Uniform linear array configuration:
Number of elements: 32
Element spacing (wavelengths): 1
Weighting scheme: hamming
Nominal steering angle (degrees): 15
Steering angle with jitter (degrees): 16.266
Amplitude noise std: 0.05
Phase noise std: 0.05

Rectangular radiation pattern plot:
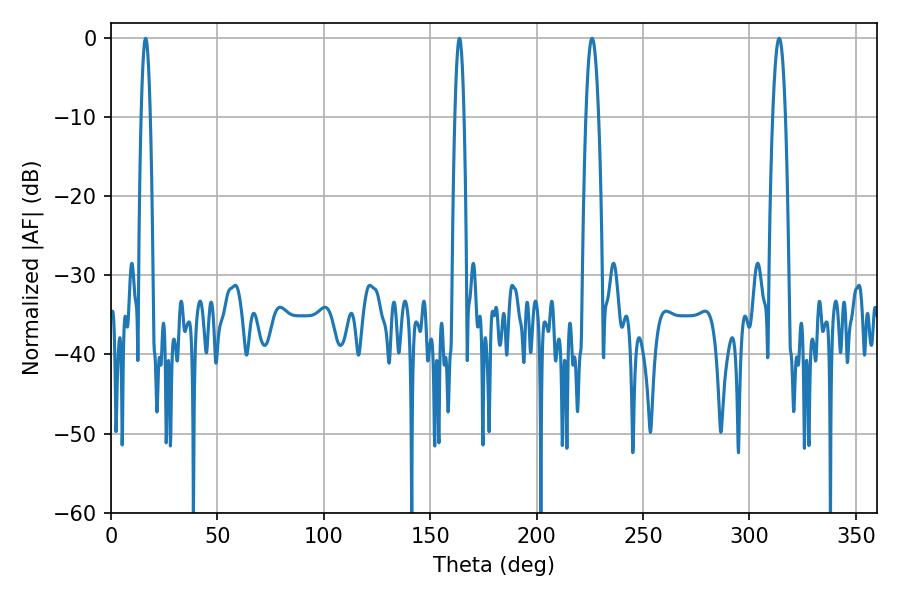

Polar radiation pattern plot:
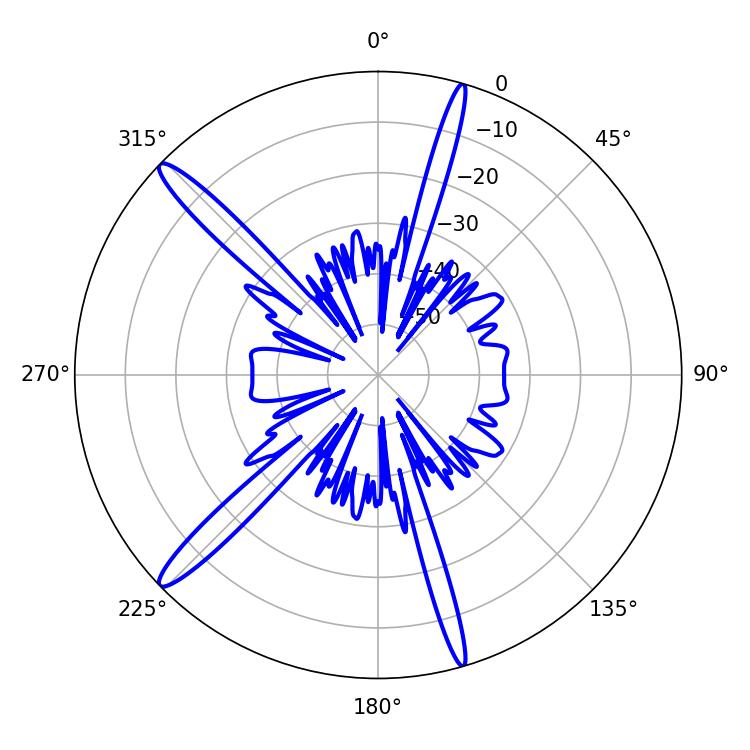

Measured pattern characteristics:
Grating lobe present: TRUE
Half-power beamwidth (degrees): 3.24
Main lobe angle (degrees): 226.08